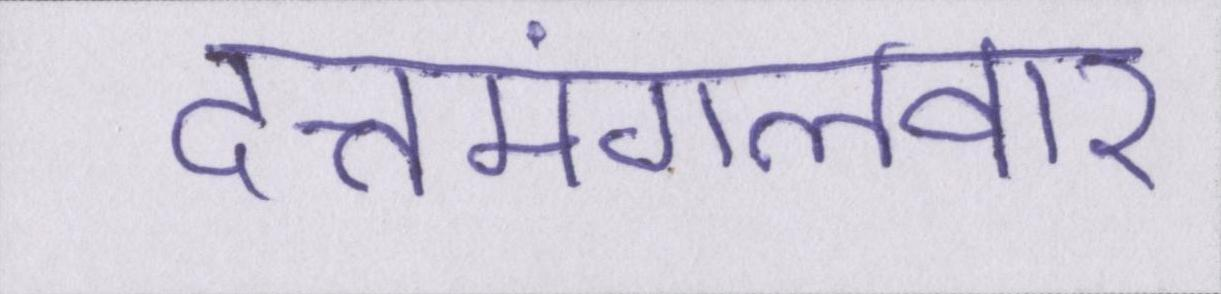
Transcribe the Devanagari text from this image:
दत्तमंगलवार